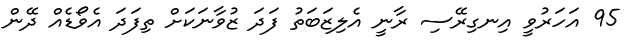
95 އަހަރުވީ އިނގިރޭސި ރާނީ އެލިޒަބަތު ފަދަ ޒުވާނަކަށް ތިފަދަ އެވޯޑެއް ދޭން